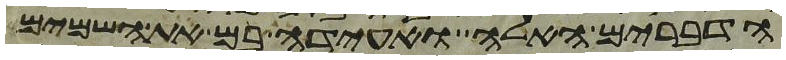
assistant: הדברים האלה ואעידה בם את השמים